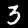
Digit: 3